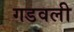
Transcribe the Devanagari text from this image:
गडवली